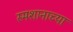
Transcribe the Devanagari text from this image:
स्मशानाच्या